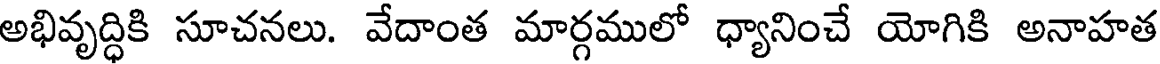
అభివృద్ధికి సూచనలు. వేదాంత మార్గములో ధ్యానించే యోగికి అనాహత